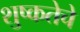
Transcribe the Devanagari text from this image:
शुष्कतेचे